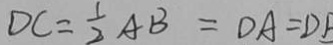
D C = \frac { 1 } { 2 } A B = D A = D B